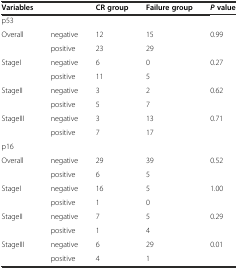
<table><thead><tr><td><b>Variables</b></td><td>[EMPTY_CELL]</td><td><b>CR group</b></td><td><b>Failure group</b></td><td><b><i>P</i>value</b></td></tr></thead><tbody><tr><td>p53</td><td>[EMPTY_CELL]</td><td>[EMPTY_CELL]</td><td>[EMPTY_CELL]</td><td>[EMPTY_CELL]</td></tr><tr><td>Overall</td><td>negative</td><td>12</td><td>15</td><td>0.99</td></tr><tr><td>[EMPTY_CELL]</td><td>positive</td><td>23</td><td>29</td><td>[EMPTY_CELL]</td></tr><tr><td>StageI</td><td>negative</td><td>6</td><td>0</td><td>0.27</td></tr><tr><td>[EMPTY_CELL]</td><td>positive</td><td>11</td><td>5</td><td>[EMPTY_CELL]</td></tr><tr><td>StageII</td><td>negative</td><td>3</td><td>2</td><td>0.62</td></tr><tr><td>[EMPTY_CELL]</td><td>positive</td><td>5</td><td>7</td><td>[EMPTY_CELL]</td></tr><tr><td>StageIII</td><td>negative</td><td>3</td><td>13</td><td>0.71</td></tr><tr><td>[EMPTY_CELL]</td><td>positive</td><td>7</td><td>17</td><td>[EMPTY_CELL]</td></tr><tr><td>p16</td><td>[EMPTY_CELL]</td><td>[EMPTY_CELL]</td><td>[EMPTY_CELL]</td><td>[EMPTY_CELL]</td></tr><tr><td>Overall</td><td>negative</td><td>29</td><td>39</td><td>0.52</td></tr><tr><td>[EMPTY_CELL]</td><td>positive</td><td>6</td><td>5</td><td>[EMPTY_CELL]</td></tr><tr><td>StageI</td><td>negative</td><td>16</td><td>5</td><td>1.00</td></tr><tr><td>[EMPTY_CELL]</td><td>positive</td><td>1</td><td>0</td><td>[EMPTY_CELL]</td></tr><tr><td>StageII</td><td>negative</td><td>7</td><td>5</td><td>0.29</td></tr><tr><td>[EMPTY_CELL]</td><td>positive</td><td>1</td><td>4</td><td>[EMPTY_CELL]</td></tr><tr><td>StageIII</td><td>negative</td><td>6</td><td>29</td><td>0.01</td></tr><tr><td>[EMPTY_CELL]</td><td>positive</td><td>4</td><td>1</td><td>[EMPTY_CELL]</td></tr></tbody></table>